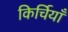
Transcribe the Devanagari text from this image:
किर्चियाँ